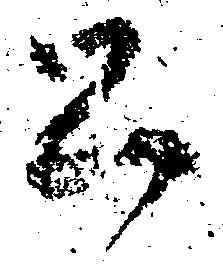
公